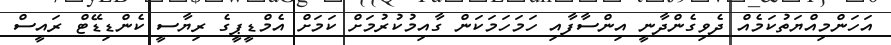
އަހަންމިއްޔަތުކަމެއް ދެވިގެންދާނީ އިންސާފާއި ހަމަހަމަކަން ގާއިމުކުރުމަށް ކަމަށް އެމްޑީޕީގެ ރިޔާސީ ކެންޑިޑޭޓް ރައީސް